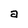
Character: a